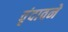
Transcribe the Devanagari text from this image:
वृंदावने